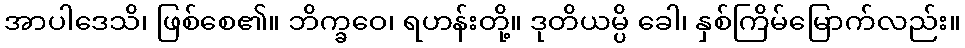
အာပါဒေသိ၊ ဖြစ်စေ၏။ ဘိက္ခဝေ၊ ရဟန်းတို့။ ဒုတိယမ္ပိ ခေါ၊ နှစ်ကြိမ်မြောက်လည်း။